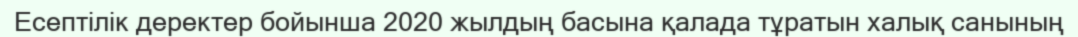
Есептілік деректер бойынша 2020 жылдың басына қалада тұратын халық санының